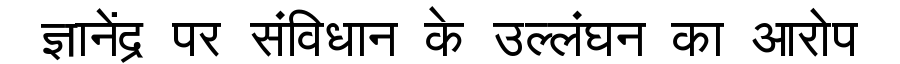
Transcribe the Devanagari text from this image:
ज्ञानेंद्र पर संविधान के उल्लंघन का आरोप